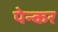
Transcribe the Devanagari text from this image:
पेन्कर